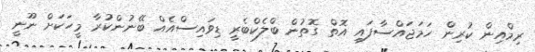
ރިމްއިން ކުރިން ހަމަޖައްސާފައި އޮތް ގޮތުން ބްލެކްބެރީ ޑިވައިސްއެއް ބޭނުންކުރާ މީހަކަށް ނޫނީ